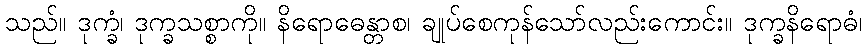
သည်။ ဒုက္ခံ၊ ဒုက္ခသစ္စာကို။ နိရောဓေန္တာစ၊ ချုပ်စေကုန်သော်လည်းကောင်း။ ဒုက္ခနိရောဓံ၊